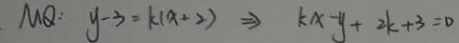
M Q : y - 3 = k ( x + 2 ) \Rightarrow k x - y + 2 k + 3 = 0